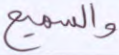
والسميع